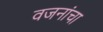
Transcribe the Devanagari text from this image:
वजनांचा